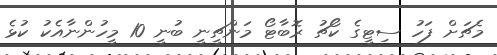
މެޗަށް ފަހު ސިޓީގެ ކޯޗު ރޮބާޓޯ މަންޗީނީ ބުނީ 10 މީހުންނާއެކު ކުޅެ